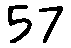
57